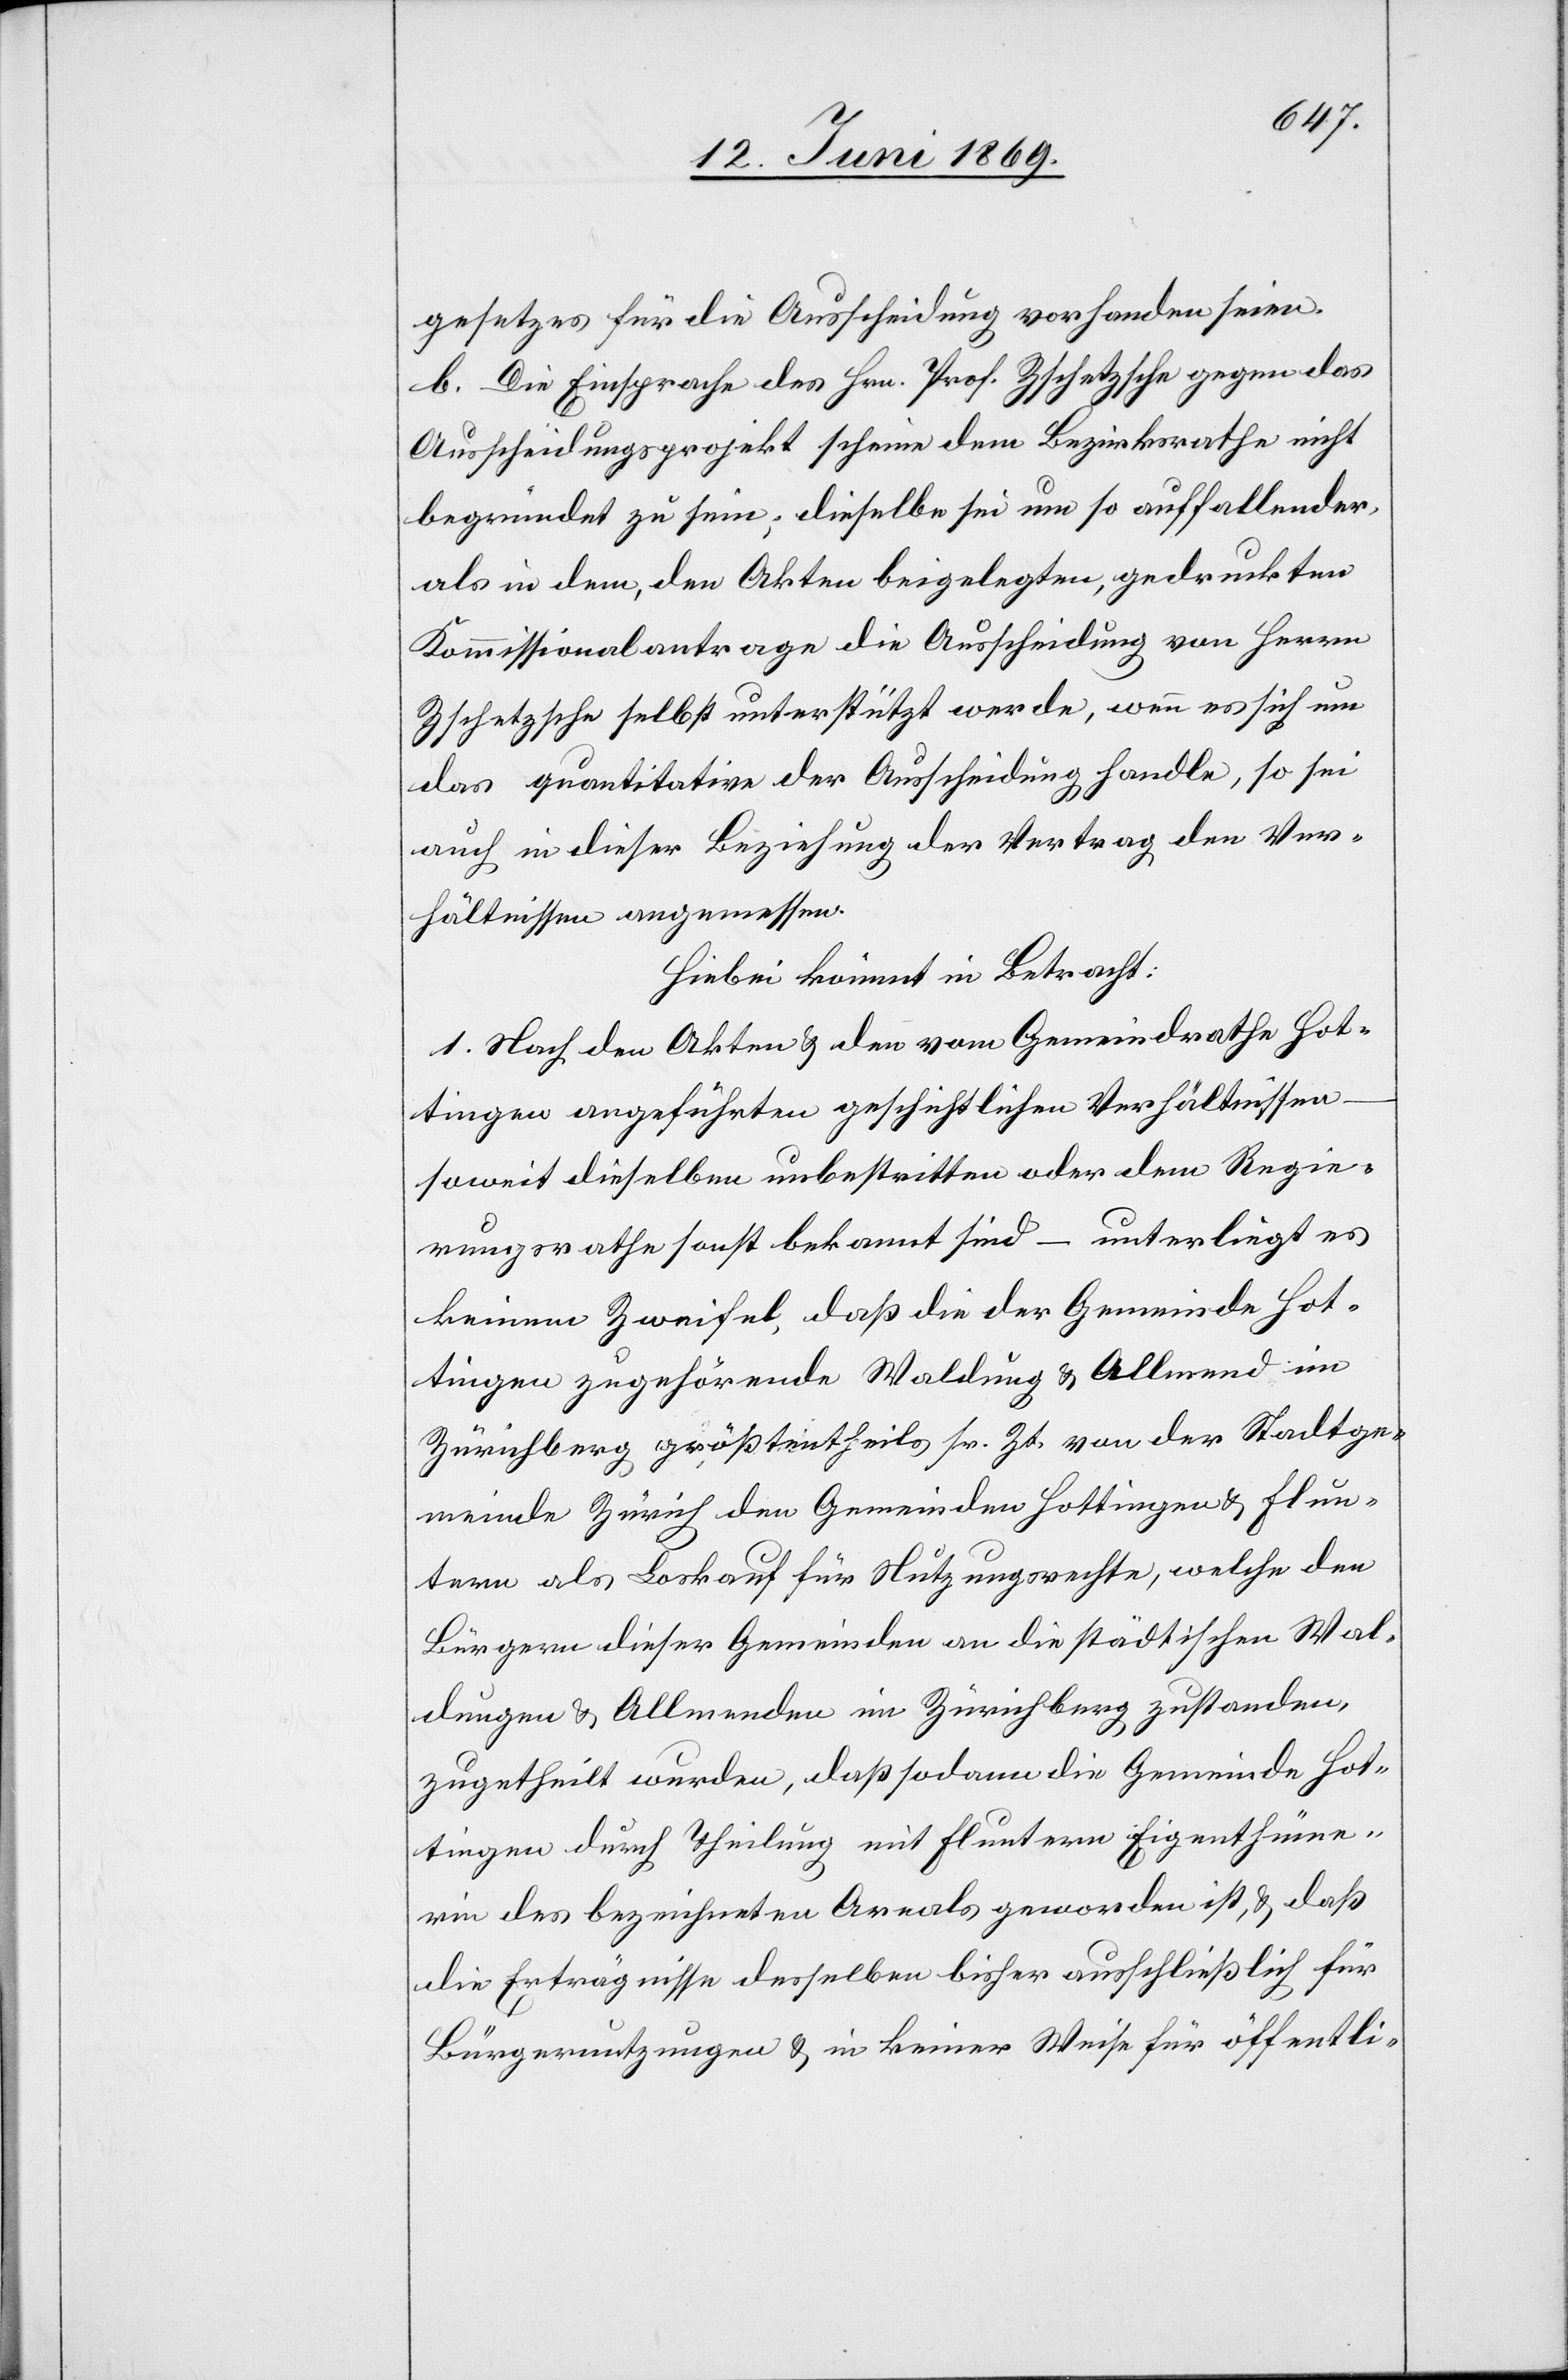
gesetzes für die Ausscheidung vorhanden seien.
b. Die Einsprache des Hrn. Prof. Zschetzsche gegen das
Ausscheidungsprojekt scheine dem Bezirksrathe nicht
begründet zu sein, dieselbe sei um so auffallender,
als in dem, den Akten beigelegten, gedruckten
Kommissionalantrage die Ausscheidung von Herrn
Zschetzsche selbst unterstützt werde, wenn es sich um
das quantitative der Ausscheidung handle, so sei
auch in dieser Beziehung der Vertrag den Ver¬
hältnissen angemessen.
Hiebei kömmt in Betracht:
1. Nach den Akten u. den vom Gemeindrathe Hot¬
tingen angeführten geschichtlichen Verhältnissen
soweit dieselben unbestritten oder dem Regie¬
rungsrathe sonst bekannt sind – unterliegt es
keinem Zweifel, daß die der Gemeinde Hot¬
tingen zugehörende Waldung u. Allmend im
Zürichberg, größtentheils sr. Zt. von der Stadtge¬
meinde Zürich den Gemeinden Hottingen u. Flun¬
tern als Loskauf für Nutzungsrechte, welche den
Bürgern dieser Gemeinden an die städtischen Wal¬
dungen u. Allmenden im Zürichberg zustanden,
zugetheilt wurden, daß sodann die Gemeinde Hot¬
tingen durch Theilung mit Fluntern Eigenthüme¬
rin des bezeichneten Areals geworden ist, u. daß
die Erträgnisse desselben bisher ausschließlich für
Bürgernutzungen u. in keiner Weise für öffentli-